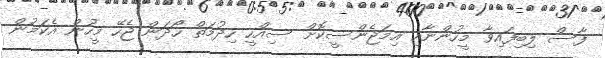
ފާސް ލިބިފައިވާ މީހުންނާއި އިމަޖެންސީކޮށް ސިއްހީ ހިދުމަތް ހޯދަން ޖެހޭ މީހުން އެކަމުން